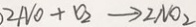
2 N O + O _ { 2 } \rightarrow 2 N O _ { 2 }